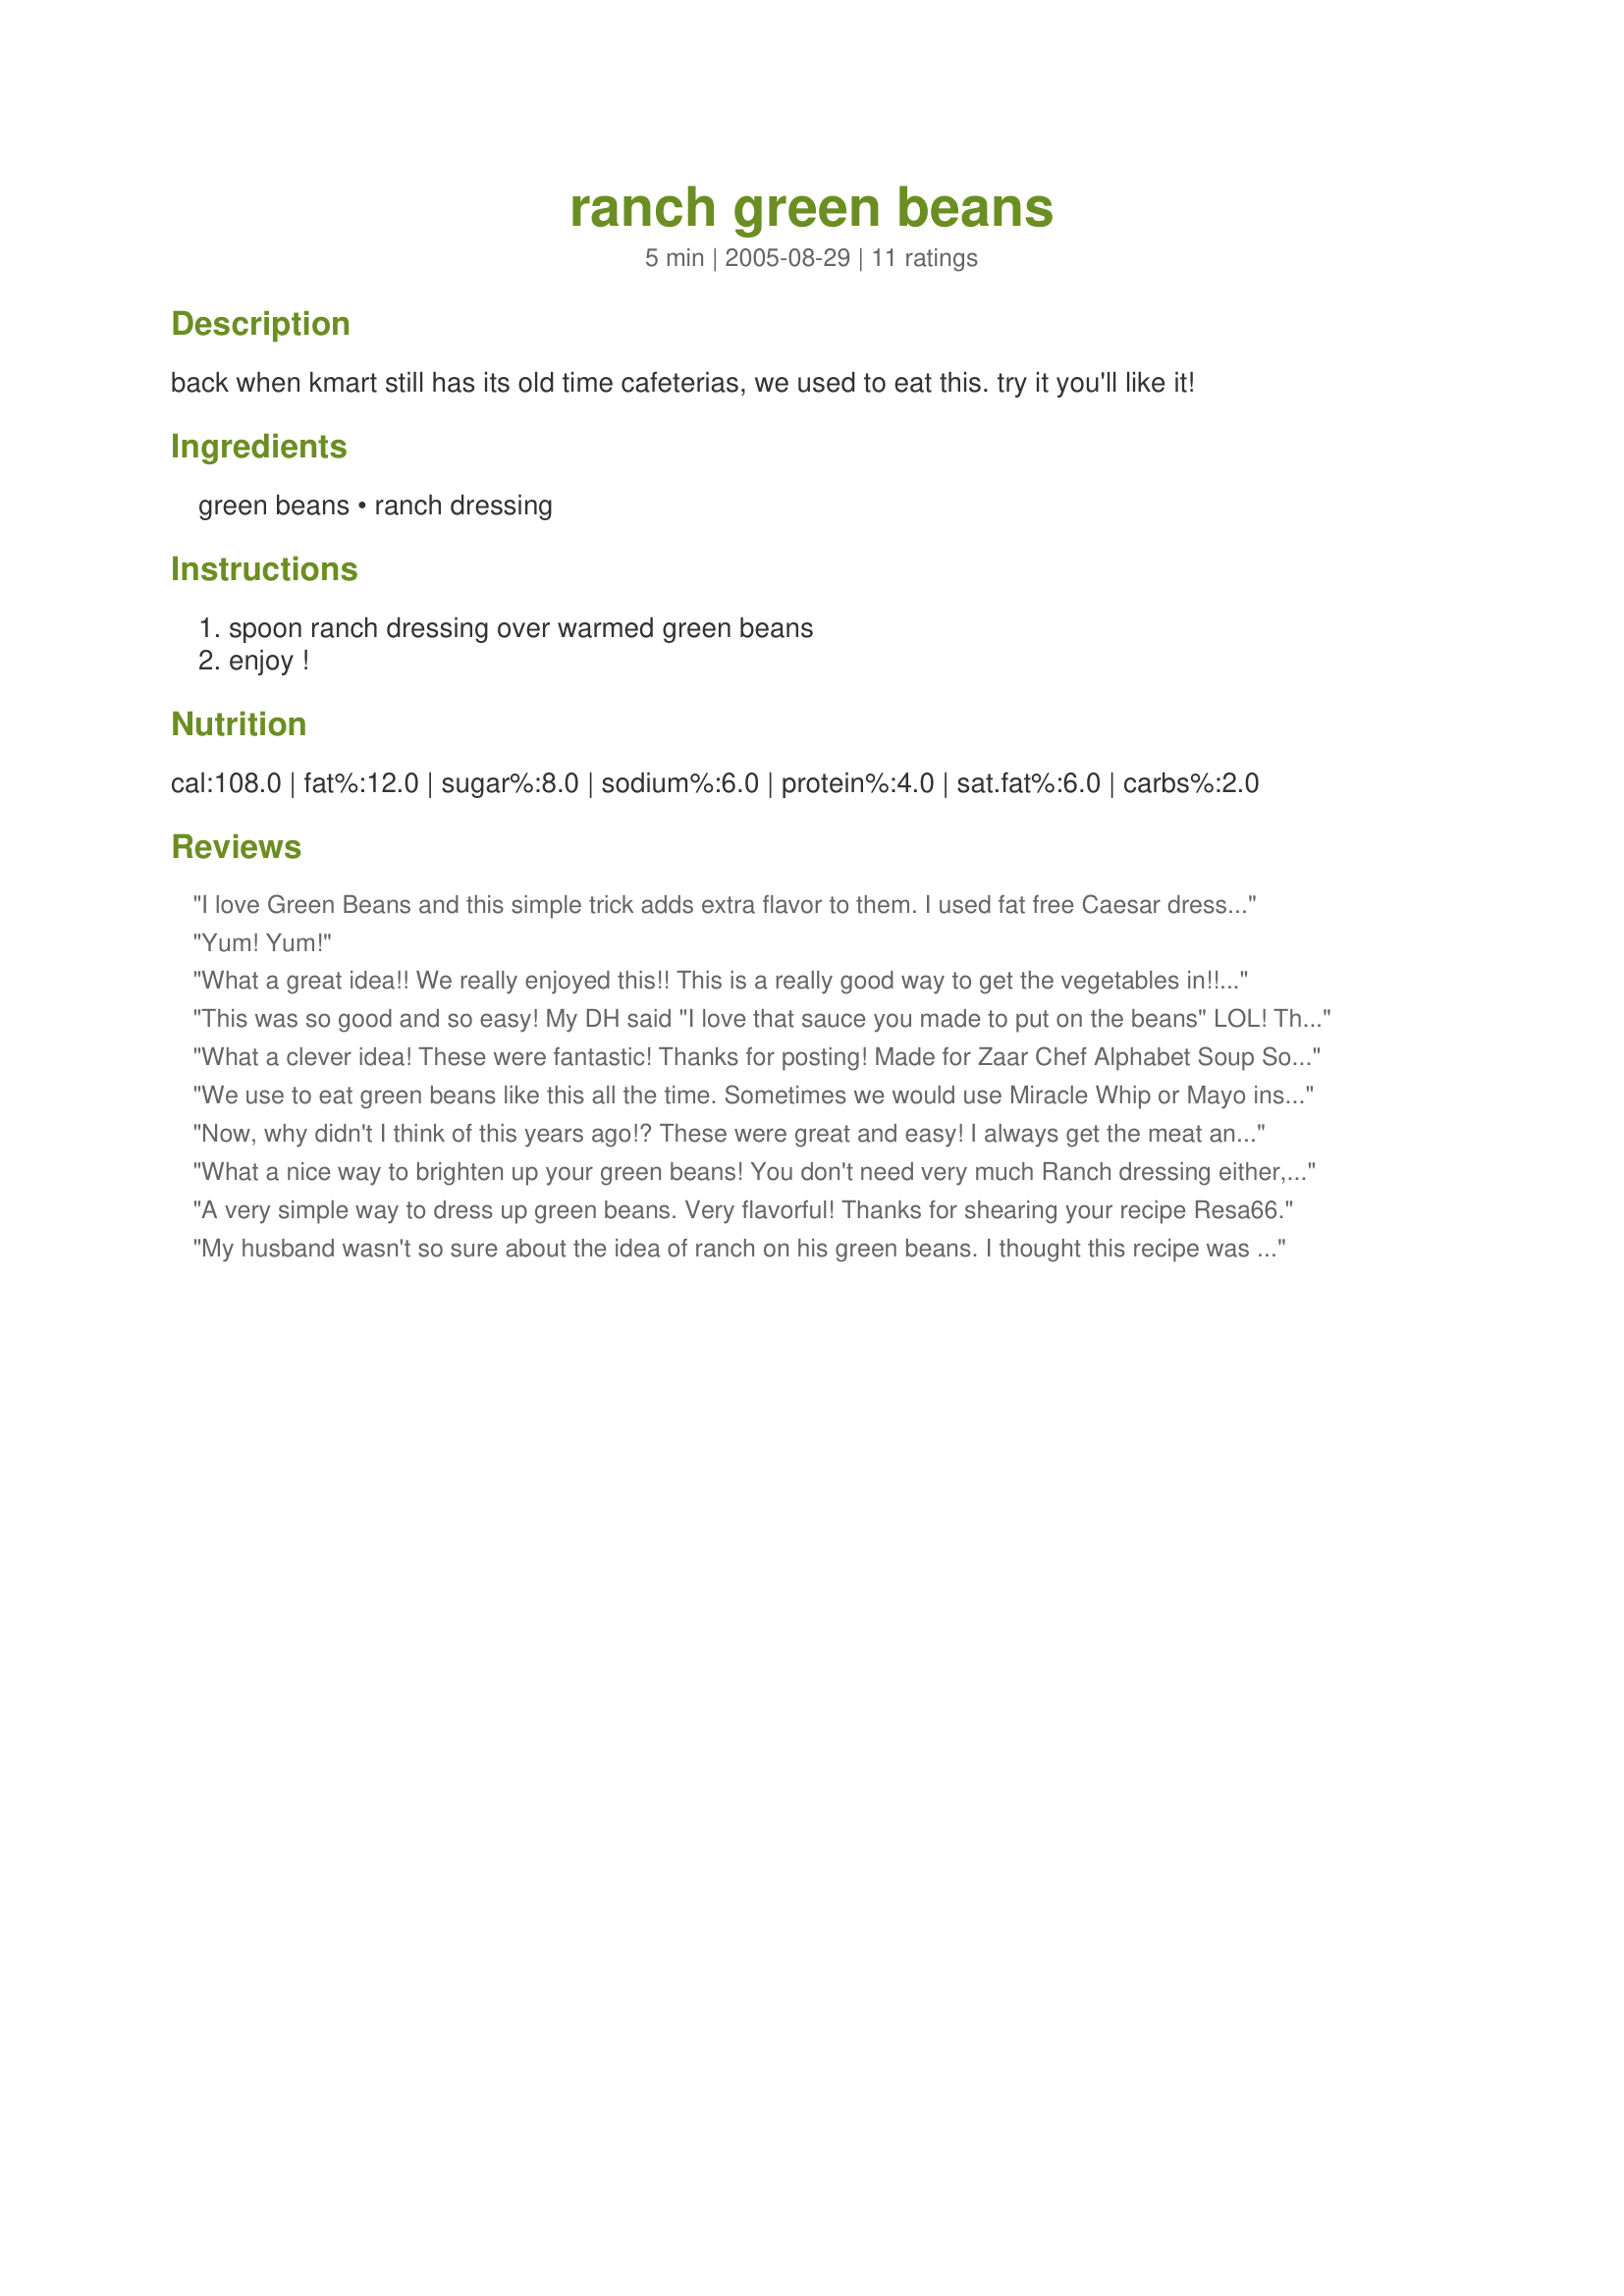
ranch green beans
Preparation time: 5 minutes

back when kmart still has its old time cafeterias, we used to eat this. try it you'll like it!

Ingredients:
green beans, ranch dressing

Steps:
spoon ranch dressing over warmed green beans, enjoy !

Reviews:
 I love Green Beans and this simple trick adds extra flavor to them. I used fat free Caesar dressing- Very nice beans thanks Resa66
Yum! Yum!
What a great idea!! We really enjoyed this!! This is a really good way to get the vegetables in!! I seasoned the green beans with salt and pepper and used seven seas green goddess dressing. Thank you for sharing!!
This was so good and so easy!
My DH said "I love that sauce you made to put on the beans" LOL!
Thanks for posting a great way to spruce up what tends to be an otherwise bland vegetable!
What a clever idea! These were fantastic! Thanks for posting! Made for Zaar Chef Alphabet Soup Soup tag.
We use to eat green beans like this all the time. Sometimes we would use Miracle Whip or Mayo instead of Ranch dressing
Very, very good.
Thanks for reminding me.
Now, why didn't I think of this years ago!? These were great and easy! I always get the meat and the starch underway and then peter out when it comes to the vegetables. This is the perfect pantry green beans side dish. Cracked black pepper and coarse salt over the top after drizzling with ranch. THANK YOU, THANK YOU for posting!
What a nice way to brighten up your green beans! You don't need very much Ranch dressing either, so stick with the 1 Tbsp or less. Made for *Zaar Cookbooks Tag 2008* game
A very simple way to dress up green beans. Very flavorful! Thanks for shearing your recipe Resa66.
My husband wasn't so sure about the idea of ranch on his green beans. I thought this recipe was a nice side to our Lasagna Pie (Recipe #90659) for an easy weeknight meal. The flavor is different, but you do have to be a ranch fan.
I had a whole pound of green beans to use up. This was great. The first night I used up the last of the ranch dressing in the fridge, which is not my favorite, but was good. The second night I tried Caesar and it was by far my favorite.
